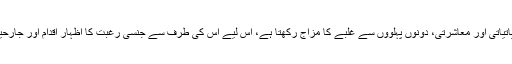
اس کے برعکس مرد حیاتیاتی اور معاشرتی، دونوں پہلووں سے غلبے کا مزاج رکھتا ہے، اس لیے اس کی طرف سے جنسی رغبت کا اظہار اقدام اور جارحیت کا انداز لیے ہوتا ہے۔